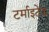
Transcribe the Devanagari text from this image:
टर्माइटेड